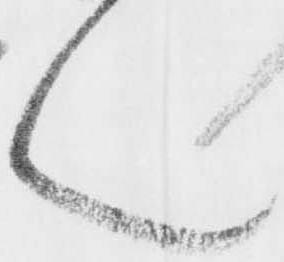
ん